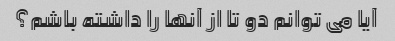
آیا می توانم دو تا از آنها را داشته باشم؟